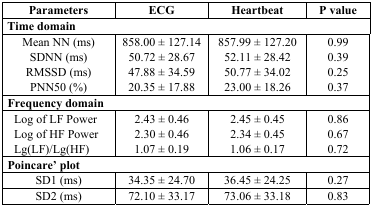
<table><thead><tr><td><b>Parameters</b></td><td><b>ECG</b></td><td><b>Heartbeat</b></td><td><b>P value</b></td></tr></thead><tbody><tr><td colspan="4"><b>Time domain</b></td></tr><tr><td>Mean NN (ms)</td><td>858.00 ± 127.14</td><td>857.99 ± 127.20</td><td>0.99</td></tr><tr><td>SDNN (ms)</td><td>50.72 ± 28.67</td><td>52.11 ± 28.42</td><td>0.39</td></tr><tr><td>RMSSD (ms)</td><td>47.88 ± 34.59</td><td>50.77 ± 34.02</td><td>0.25</td></tr><tr><td>PNN50 (%)</td><td>20.35 ± 17.88</td><td>23.00 ± 18.26</td><td>0.37</td></tr><tr><td colspan="4"><b>Frequency domain</b></td></tr><tr><td>Log of LF Power</td><td>2.43 ± 0.46</td><td>2.45 ± 0.45</td><td>0.86</td></tr><tr><td>Log of HF Power</td><td>2.30 ± 0.46</td><td>2.34 ± 0.45</td><td>0.67</td></tr><tr><td>Lg(LF)/Lg(HF)</td><td>1.07 ± 0.19</td><td>1.06 ± 0.17</td><td>0.72</td></tr><tr><td colspan="4"><b>Poincare&#x27; plot</b></td></tr><tr><td>SD1 (ms)</td><td>34.35 ± 24.70</td><td>36.45 ± 24.25</td><td>0.27</td></tr><tr><td>SD2 (ms)</td><td>72.10 ± 33.17</td><td>73.06 ± 33.18</td><td>0.83</td></tr></tbody></table>